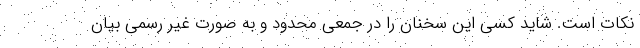
نکات است. شاید کسی این سخنان را در جمعی محدود و به صورت غیر رسمی بیان